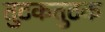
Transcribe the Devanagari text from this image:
तुटकतुटक